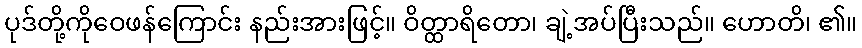
ပုဒ်တို့ကိုဝေဖန်ကြောင်း နည်းအားဖြင့်။ ဝိတ္ထာရိတော၊ ချဲ့အပ်ပြီးသည်။ ဟောတိ၊ ၏။